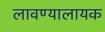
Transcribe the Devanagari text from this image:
लावण्यालायक